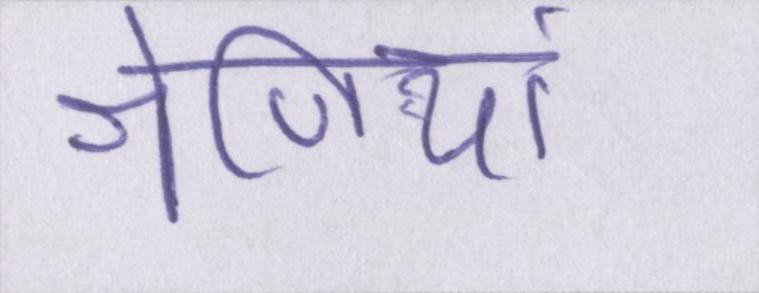
श्रेणियां